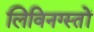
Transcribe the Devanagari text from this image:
लिविनग्स्तों